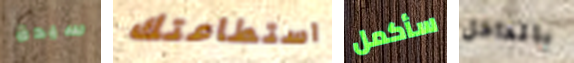
سيدة استطاعتك سأكمل بالداخل